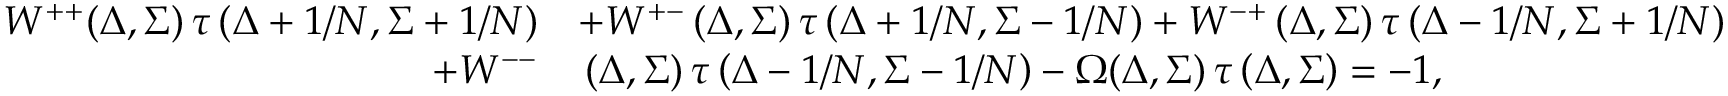
\begin{array} { r l } { W ^ { + + } ( \Delta , \Sigma ) \thinspace \tau \left( \Delta + 1 / N , \Sigma + 1 / N \right) } & { + W ^ { + - } \thinspace ( \Delta , \Sigma ) \thinspace \tau \left( \Delta + 1 / N , \Sigma - 1 / N \right) + W ^ { - + } \thinspace ( \Delta , \Sigma ) \thinspace \tau \left( \Delta - 1 / N , \Sigma + 1 / N \right) } \\ { + W ^ { -- } } & { \thinspace ( \Delta , \Sigma ) \thinspace \tau \left( \Delta - 1 / N , \Sigma - 1 / N \right) - \Omega ( \Delta , \Sigma ) \thinspace \tau \left( \Delta , \Sigma \right) = - 1 , } \end{array}